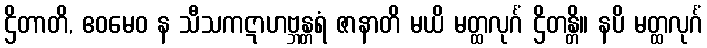
ဌိတာတိ, ဧဝမေဝ န သီသကဋာဟဗ္ဘန္တရံ ဇာနာတိ မယိ မတ္ထလုင်္ဂံ ဌိတန္တိ။ နပိ မတ္ထလုင်္ဂံ